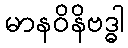
မာနဝိနိဗဒ္ဓါ